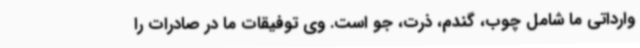
وارداتی ما شامل چوب، گندم، ذرت، جو است. وی توفیقات ما در صادرات را